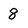
Character: 8